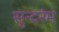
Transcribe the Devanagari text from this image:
सुन्दरंम